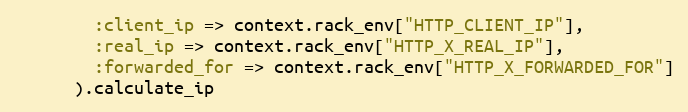
Language: Ruby
        :client_ip => context.rack_env["HTTP_CLIENT_IP"],
        :real_ip => context.rack_env["HTTP_X_REAL_IP"],
        :forwarded_for => context.rack_env["HTTP_X_FORWARDED_FOR"]
      ).calculate_ip